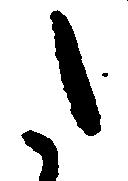
た